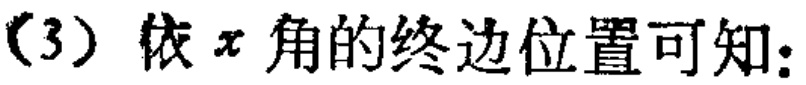
（3）依 \(x\) 角的终边位置可知：